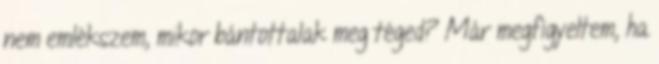
nem emlékszem, mikor bántottalak meg téged? Már megfigyeltem, ha